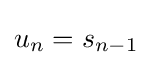
u_{n}=s_{n-1}